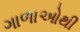
ગાળાઓથી